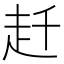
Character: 𧺛